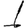
Digit: 1